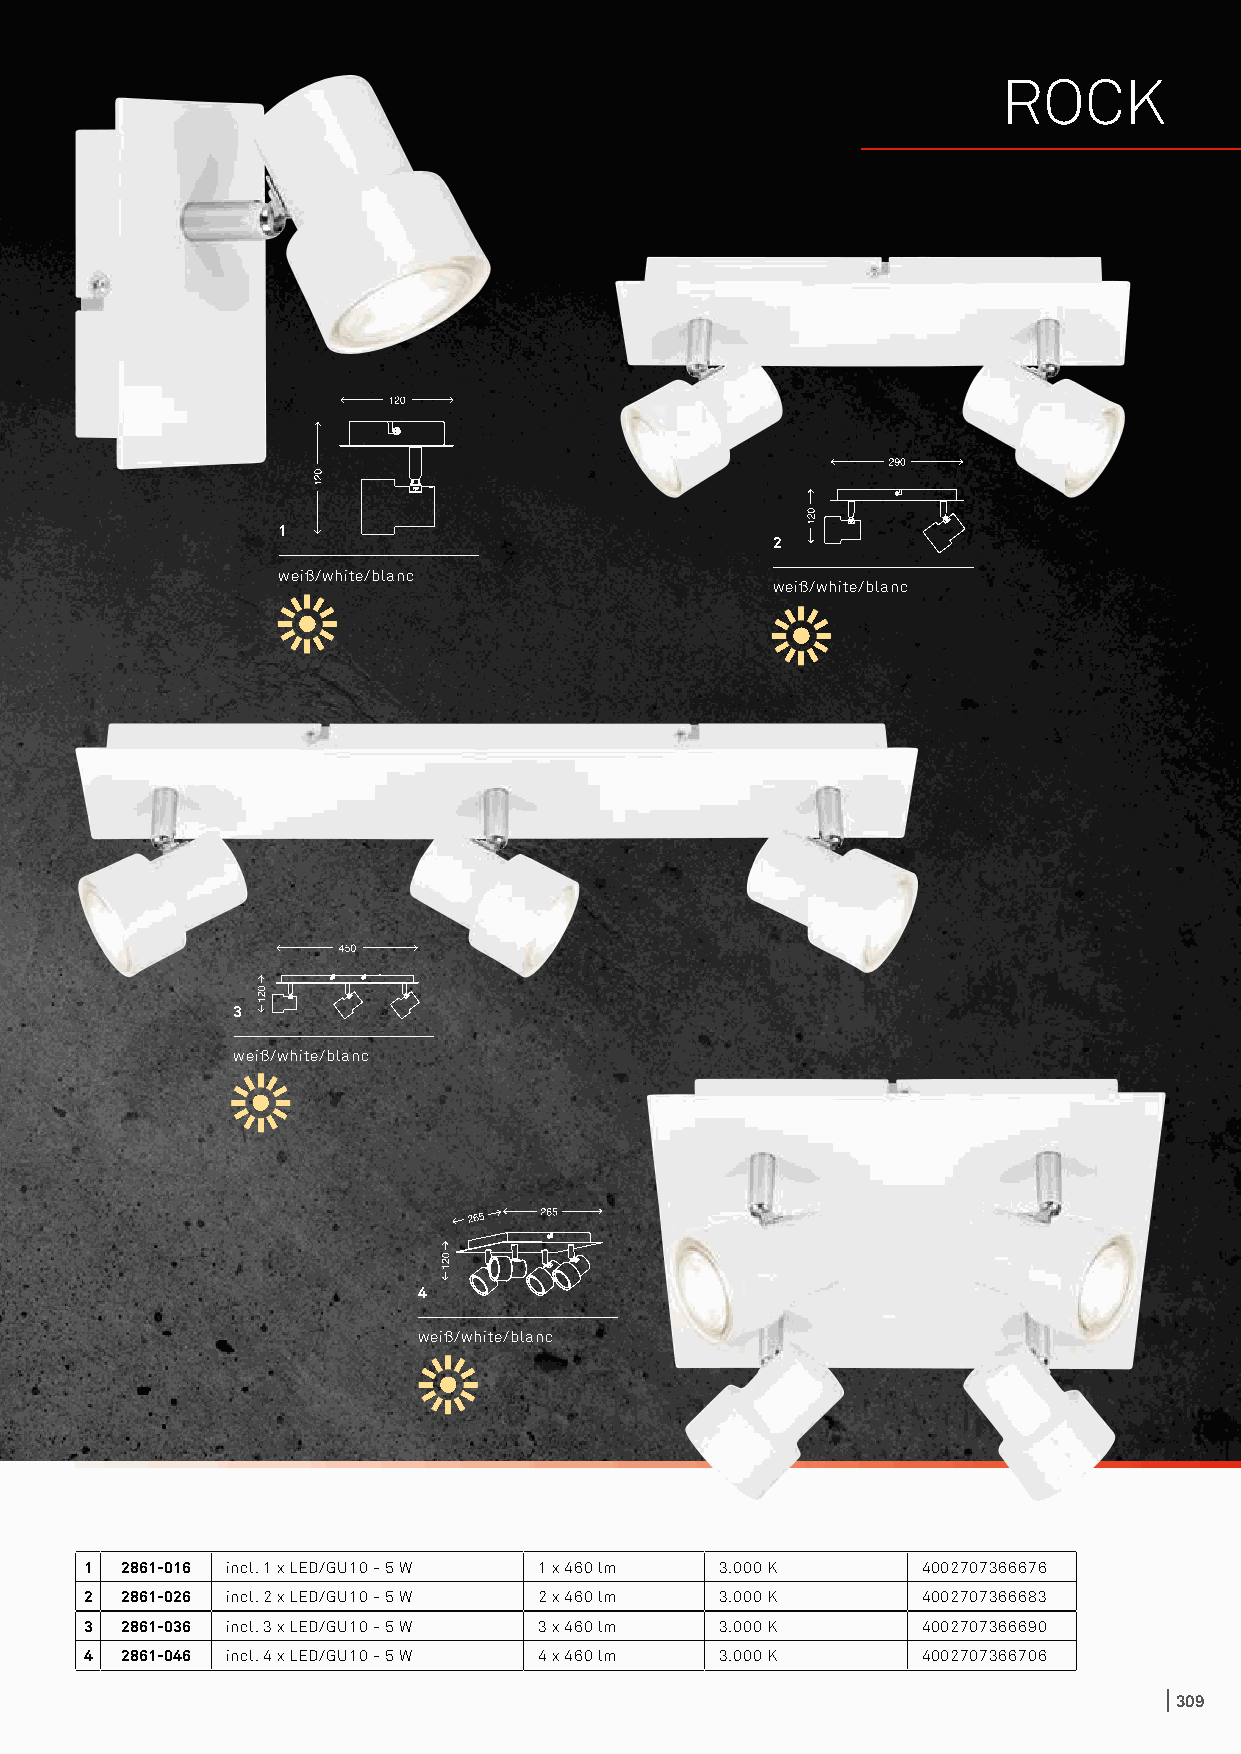
ROCK
 1
 2
 weiß/white/blanc
 weiß/white/blanc
 3
 weiß/white/blanc
 4
 weiß/white/blanc
 1 2861-016 incl. 1 x LED/GU10 - 5 W 1 x 460 lm 3.000 K 4002707366676
 2 2861-026 incl. 2 x LED/GU10 - 5 W 2 x 460 lm 3.000 K 4002707366683
 3 2861-036 incl. 3 x LED/GU10 - 5 W 3 x 460 lm 3.000 K 4002707366690
 4 2861-046 incl. 4 x LED/GU10 - 5 W 4 x 460 lm 3.000 K 4002707366706
 309